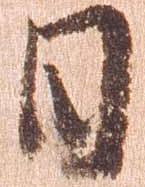
日